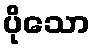
ပိုသော